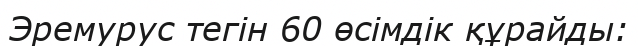
Эремурус тегін 60 өсімдік құрайды: